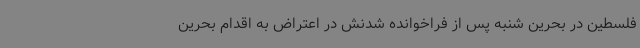
فلسطین در بحرین شنبه پس از فراخوانده شدنش در اعتراض به اقدام بحرین